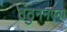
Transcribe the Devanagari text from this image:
ठंठुननएना